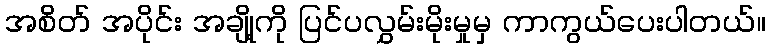
အစိတ် အပိုင်း အချို့ကို ပြင်ပလွှမ်းမိုးမှုမှ ကာကွယ်ပေးပါတယ်။